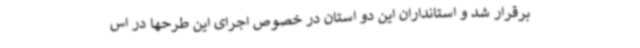
برقرار شد و استانداران این دو استان در خصوص اجرای این طرحها در اس